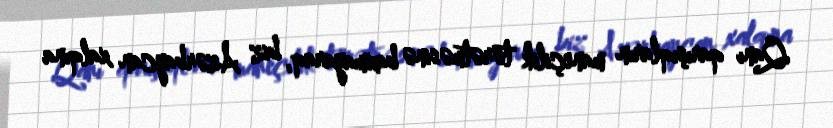
Qanı qarışıqların maneçilik törətməsinə baxmayaraq, biz Azərbaycan xalqına